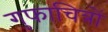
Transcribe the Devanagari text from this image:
गुफाचित्रों